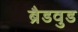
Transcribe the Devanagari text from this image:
ब्रैडवुड